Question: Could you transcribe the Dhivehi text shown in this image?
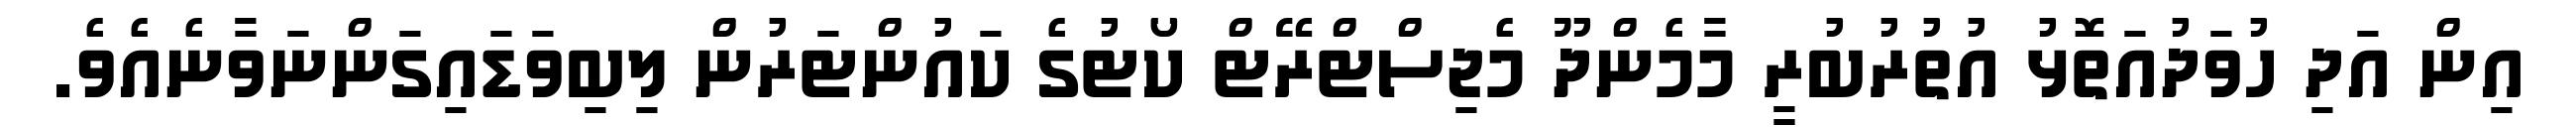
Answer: އިން އަދި ހުވަދުއަތޮޅު އުތުރުބުރީ މާމެންދޫ މެޖިސްޓްރޭޓް ކޯޓުގެ ކައުންޓަރުން ލިބިވަޑައިގަންނަވާނެއެވެ.